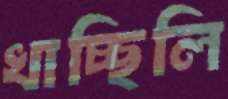
খাচ্ছিলি